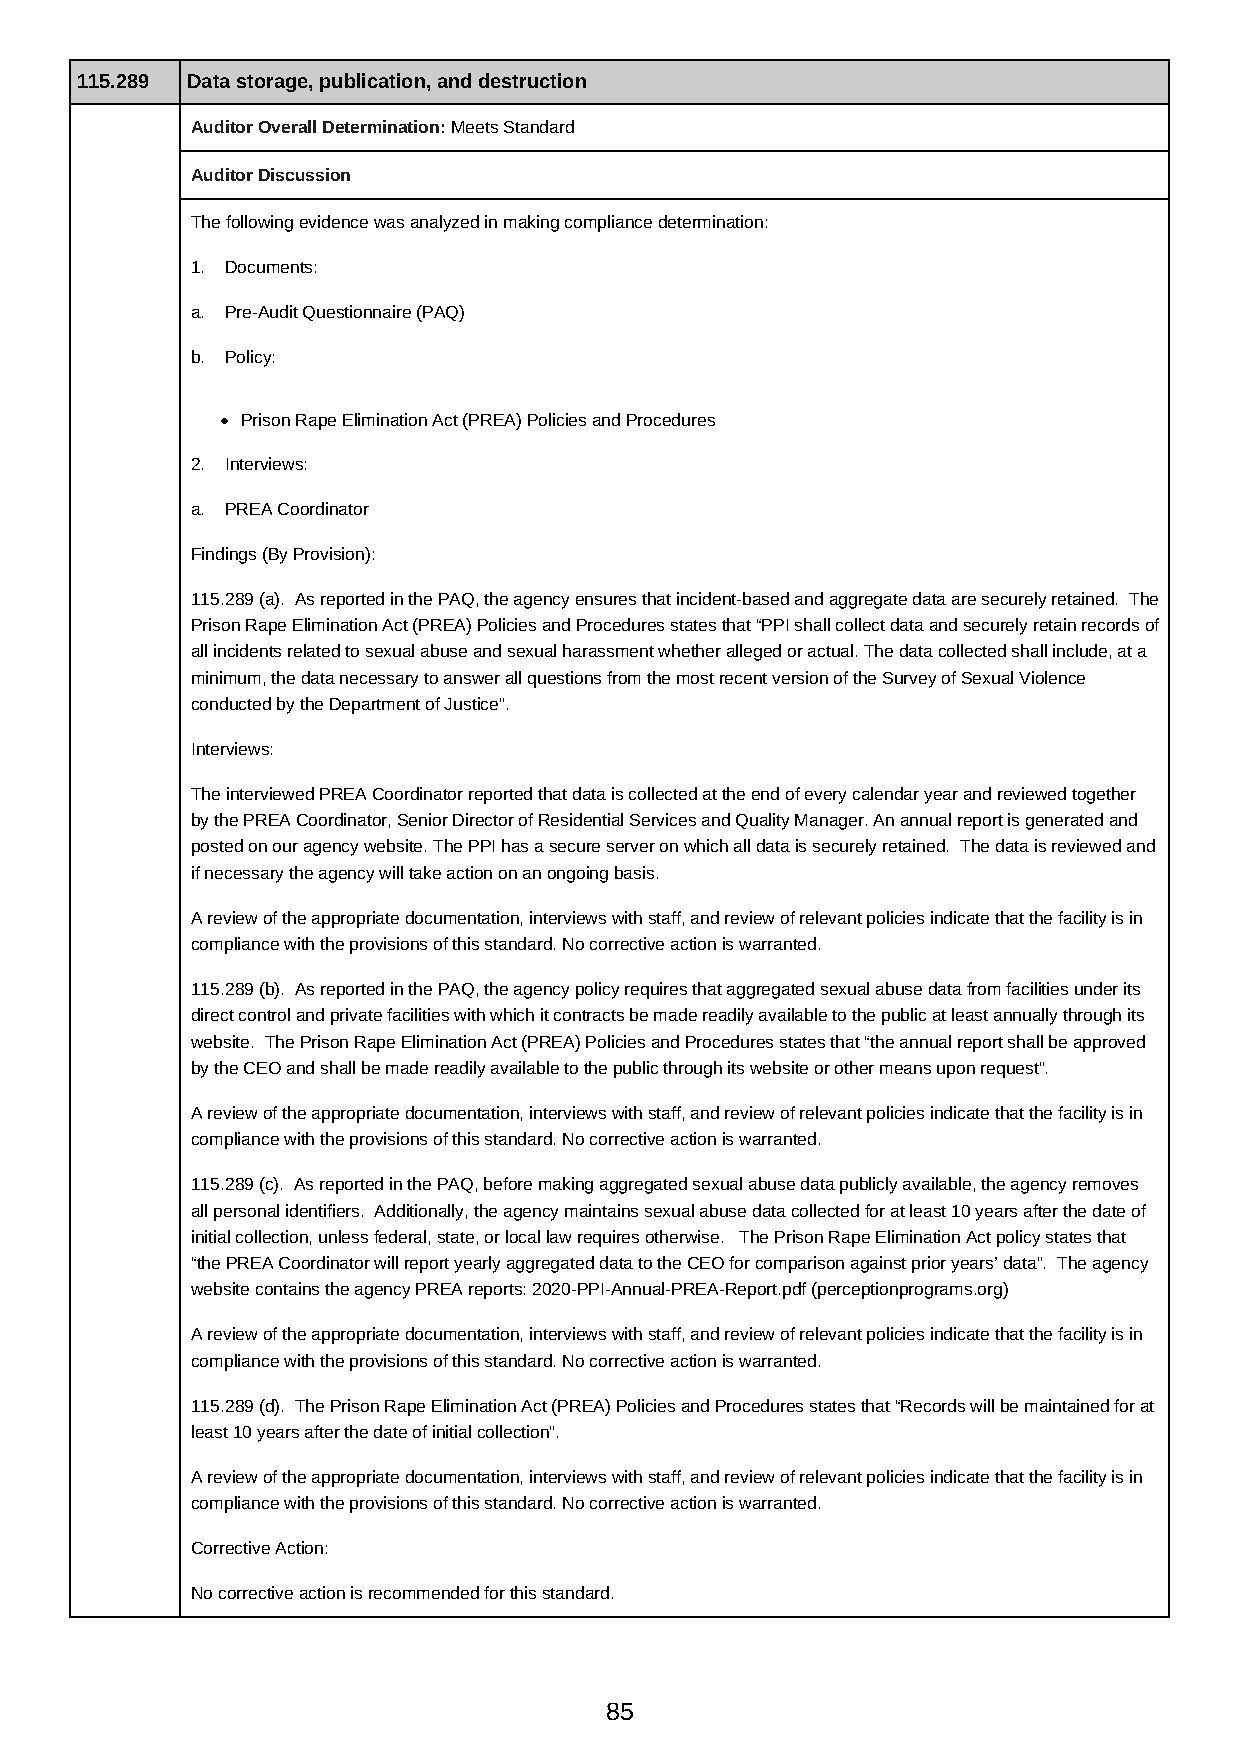
115.289 Data storage, publication, and destruction
 Auditor Overall Determination: Meets Standard
 Auditor Discussion
 The following evidence was analyzed in making compliance determination:
 1. Documents:
 a. Pre-Audit Questionnaire (PAQ)
 b. Policy:
 Prison Rape Elimination Act (PREA) Policies and Procedures
 2. Interviews:
 a. PREA Coordinator
 Findings (By Provision):
 115.289 (a). As reported in the PAQ, the agency ensures that incident-based and aggregate data are securely retained. The
 Prison Rape Elimination Act (PREA) Policies and Procedures states that “PPI shall collect data and securely retain records of
 all incidents related to sexual abuse and sexual harassment whether alleged or actual. The data collected shall include, at a
 minimum, the data necessary to answer all questions from the most recent version of the Survey of Sexual Violence
 conducted by the Department of Justice”.
 Interviews:
 The interviewed PREA Coordinator reported that data is collected at the end of every calendar year and reviewed together
 by the PREA Coordinator, Senior Director of Residential Services and Quality Manager. An annual report is generated and
 posted on our agency website. The PPI has a secure server on which all data is securely retained. The data is reviewed and
 if necessary the agency will take action on an ongoing basis.
 A review of the appropriate documentation, interviews with staff, and review of relevant policies indicate that the facility is in
 compliance with the provisions of this standard. No corrective action is warranted.
 115.289 (b). As reported in the PAQ, the agency policy requires that aggregated sexual abuse data from facilities under its
 direct control and private facilities with which it contracts be made readily available to the public at least annually through its
 website. The Prison Rape Elimination Act (PREA) Policies and Procedures states that “the annual report shall be approved
 by the CEO and shall be made readily available to the public through its website or other means upon request”.
 A review of the appropriate documentation, interviews with staff, and review of relevant policies indicate that the facility is in
 compliance with the provisions of this standard. No corrective action is warranted.
 115.289 (c). As reported in the PAQ, before making aggregated sexual abuse data publicly available, the agency removes
 all personal identifiers. Additionally, the agency maintains sexual abuse data collected for at least 10 years after the date of
 initial collection, unless federal, state, or local law requires otherwise. The Prison Rape Elimination Act policy states that
 “the PREA Coordinator will report yearly aggregated data to the CEO for comparison against prior years’ data”. The agency
 website contains the agency PREA reports: 2020-PPI-Annual-PREA-Report.pdf (perceptionprograms.org)
 A review of the appropriate documentation, interviews with staff, and review of relevant policies indicate that the facility is in
 compliance with the provisions of this standard. No corrective action is warranted.
 115.289 (d). The Prison Rape Elimination Act (PREA) Policies and Procedures states that “Records will be maintained for at
 least 10 years after the date of initial collection”.
 A review of the appropriate documentation, interviews with staff, and review of relevant policies indicate that the facility is in
 compliance with the provisions of this standard. No corrective action is warranted.
 Corrective Action:
 No corrective action is recommended for this standard.
 85